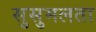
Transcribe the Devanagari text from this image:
सुसुमलता